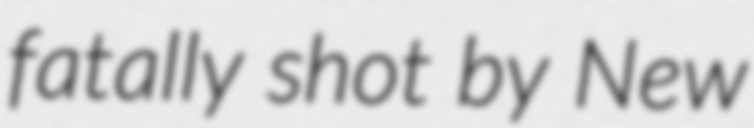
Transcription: fatally shot by New